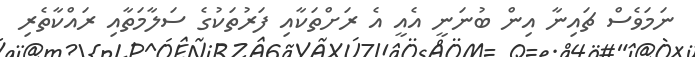
ނަމަވެސް ޗައިނާ އިން ބުނަނީ އެއީ އެ ރަށްތަކާއި ފަރުތަކުގެ ސަލާމަތާއި ރައްކާތެރި